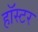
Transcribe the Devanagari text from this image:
हॉस्टर